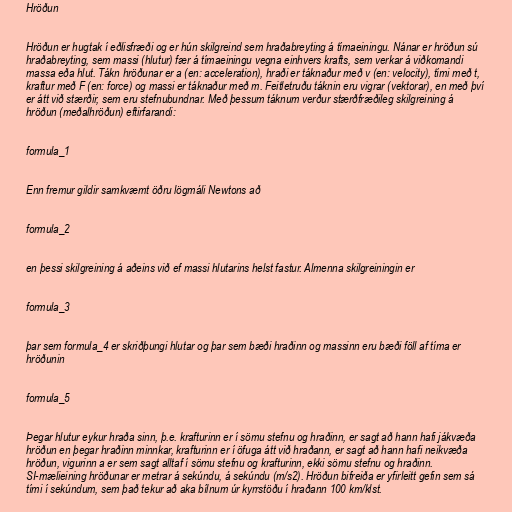
Hröðun

Hröðun er hugtak í eðlisfræði og er hún skilgreind sem hraðabreyting á tímaeiningu. Nánar er hröðun sú
hraðabreyting, sem massi (hlutur) fær á tímaeiningu vegna einhvers krafts, sem verkar á viðkomandi
massa eða hlut. Tákn hröðunar er a (en: acceleration), hraði er táknaður með v (en: velocity), tími með t,
kraftur með F (en: force) og massi er táknaður með m. Feitletruðu táknin eru vigrar (vektorar), en með því
er átt við stærðir, sem eru stefnubundnar. Með þessum táknum verður stærðfræðileg skilgreining á
hröðun (meðalhröðun) eftirfarandi:

formula_1

Enn fremur gildir samkvæmt öðru lögmáli Newtons að

formula_2

en þessi skilgreining á aðeins við ef massi hlutarins helst fastur. Almenna skilgreiningin er

formula_3

þar sem formula_4 er skriðþungi hlutar og þar sem bæði hraðinn og massinn eru bæði föll af tíma er
hröðunin

formula_5

Þegar hlutur eykur hraða sinn, þ.e. krafturinn er í sömu stefnu og hraðinn, er sagt að hann hafi jákvæða
hröðun en þegar hraðinn minnkar, krafturinn er í öfuga átt við hraðann, er sagt að hann hafi neikvæða
hröðun, vigurinn a er sem sagt alltaf í sömu stefnu og krafturinn, ekki sömu stefnu og hraðinn.
SI-mælieining hröðunar er metrar á sekúndu, á sekúndu (m/s2). Hröðun bifreiða er yfirleitt gefin sem sá
tími í sekúndum, sem það tekur að aka bílnum úr kyrrstöðu í hraðann 100 km/klst.